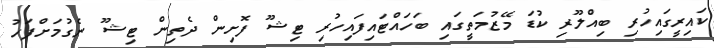
ކައިރީގައިހުރި ބިއްލޫރި ކުޑަ މޭޒުމަތީގައި ބަހައްޓައިފައިހުރި ޓިޝޫ ފޮށިން ދެތިން ޓިޝޫ ނެގުމަށްފަހު